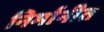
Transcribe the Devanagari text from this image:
निर्मानीत